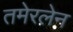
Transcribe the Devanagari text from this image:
तमेरलेन